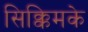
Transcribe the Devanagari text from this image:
सिक्किमके